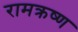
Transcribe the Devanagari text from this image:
रामक्रष्ण